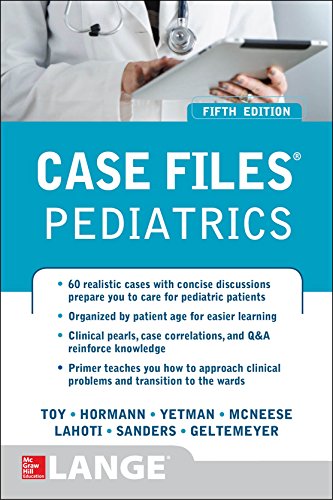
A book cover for Case Files Pediatrics, Fifth Edition; Eugene Toy; Test Preparation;